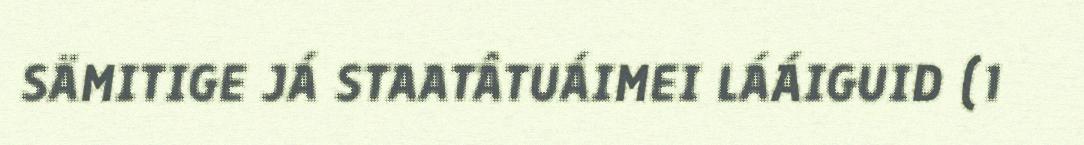
SÄMITIGE JÁ STAATÂTUÁIMEI LÁÁIGUID (1